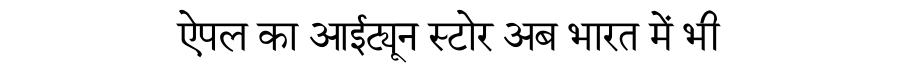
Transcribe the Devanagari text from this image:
ऐपल का आईट्यून स्टोर अब भारत में भी